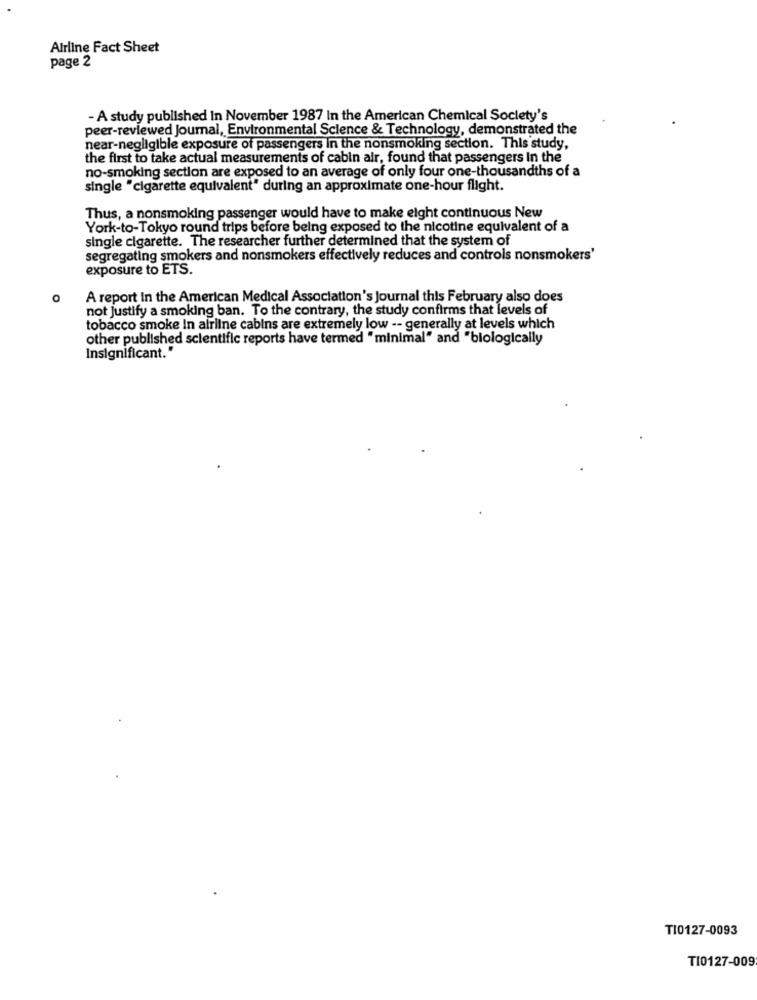
Airline Fact Sheet
page 2
- A study published in November 1987 In the American Chemical Society's
peer-reviewed Journal, Environmental Science & Technology, demonstrated the
near-negligible exposure of passengers in the nonsmoking section. This study,
the first to take actual measurements of cabin air, found that passengers In the
no-smoking section are exposed to an average of only four one-thousandths of a
single "cigarette equivalent" during an approximate one-hour flight.
Thus, a nonsmoking passenger would have to make eight continuous New
York-to-Tokyo round trips before being exposed to the nicotine equivalent of a
single cigarette. The researcher further determined that the system of
segregating smokers and nonsmokers effectively reduces and controls nonsmokers'
exposure to ETS.
A report In the American Medical Association's Journal this February also does
not justify a smoking ban. To the contrary, the study confirms that levels of
tobacco smoke In airline cabins are extremely low -- generally at levels which
other published scientific reports have termed "minimal" and "biologically
Insignificant."
TI0127-0093
TI0127-009